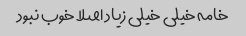
خامه خیلی خیلی زیاد اصلا خوب نبود